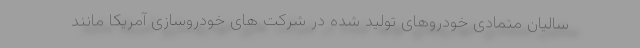
سالیان متمادی خودروهای تولید شده در شرکت های خودروسازی آمریکا مانند